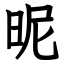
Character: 昵